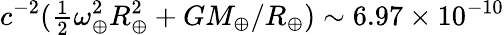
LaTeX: c^{-2}({\textstyle\frac{1}{2}}\omega_{\oplus}^{2}R_{\oplus}^{2}+GM_{\oplus}/R_{\oplus})\sim 6.97\times 10^{-10}